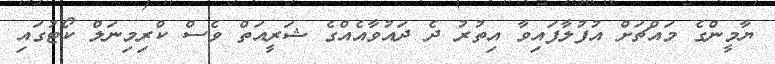
ޔާމީންގެ މައްޗަށް އުފުލާފައިވާ އިތުރު ދެ ދައުވާއެއްގެ ޝަރީއަތް ވެސް ކްރިމިނަލް ކޯޓުގައި